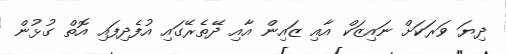
ދިޔަ ވަރަކަށް ނައިޒަކް އާއި ޒައިން އާއި ދޭތެރޭގައި އުފެދިފައި އޮތް ގުޅުން